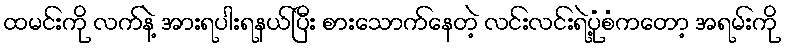
ထမင်းကို လက်နဲ့ အားရပါးရနယ်ပြီး စားသောက်နေတဲ့ လင်းလင်းရဲ့ပုံစံကတော့ အရမ်းကို